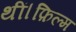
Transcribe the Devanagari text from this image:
थीं।फ़िल्म